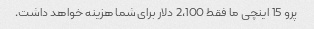
پرو 15 اینچی ما فقط 2،100 دلار برای شما هزینه خواهد داشت.